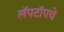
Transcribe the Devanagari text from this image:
लॅपटॉपचे